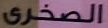
الصخري